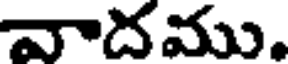
వాదము.